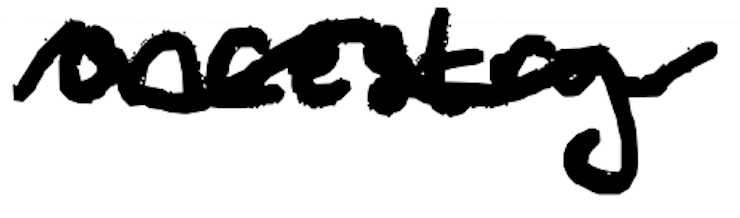
Text: ancestry.
Cross-out: wave
Writing tool: digital_black